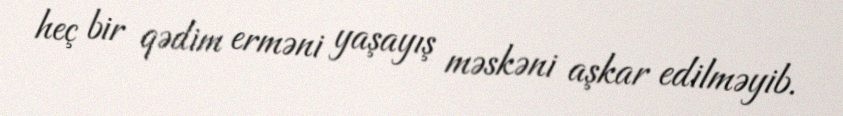
heç bir qədim erməni yaşayış məskəni aşkar edilməyib.